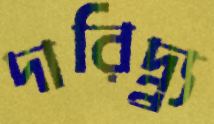
দারিদ্র্র্র্র্র্য